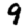
Digit: 9